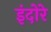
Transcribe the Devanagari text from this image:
इंदोरे